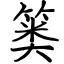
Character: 篓